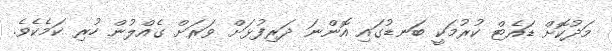
މަދުކޮށް ޑައެޓް ކުރުމަކީ ބަނޑުގައި އޮންނަ ދަރިފުޅަށް ވަރަށް ގެއްލުން ހުރި ކަމެކެވެ.